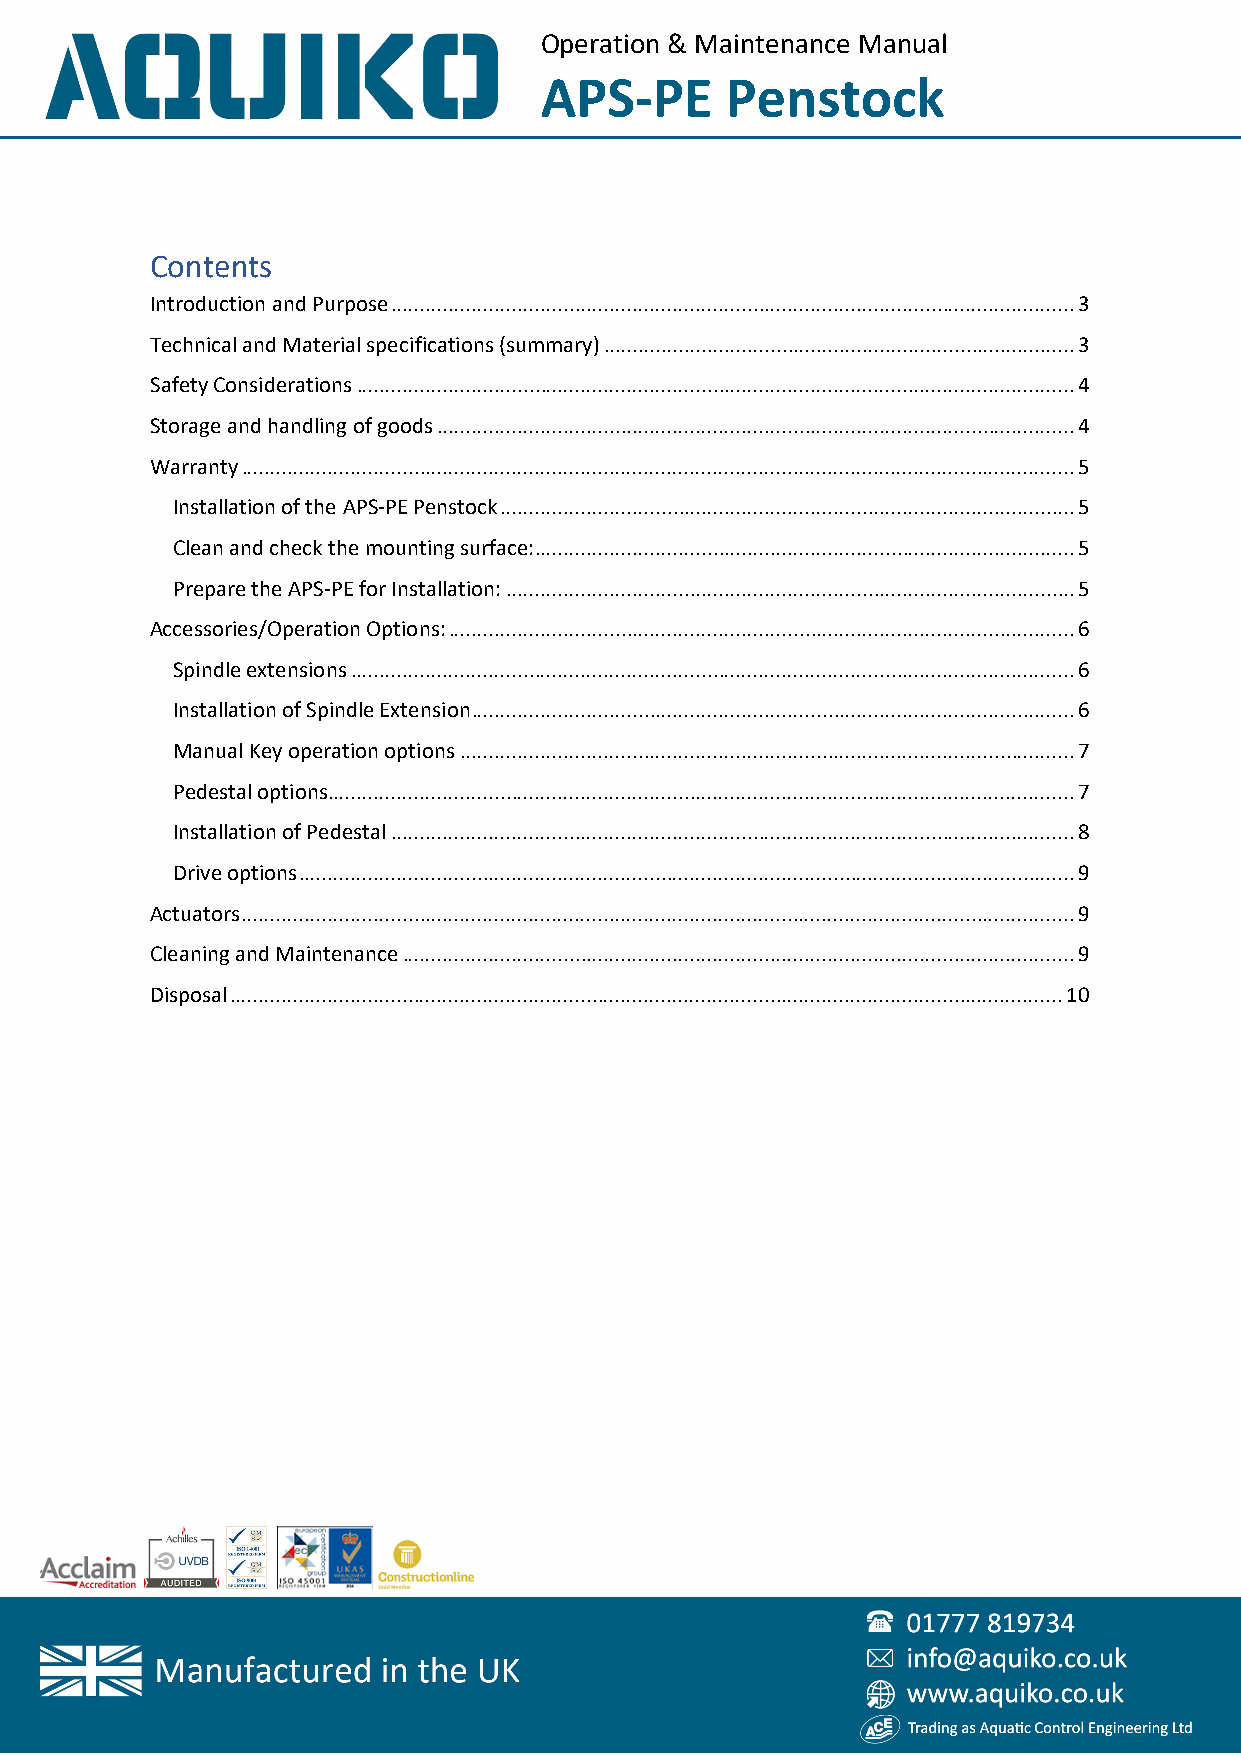
Operation & Maintenance Manual
 APS-PE      Penstock
 Contents
 Introduction and Purpose ....................................................................................................................... 3
 Technical and Material specifications (summary) .................................................................................. 3
 Safety Considerations ............................................................................................................................. 4
 Storage and handling of goods ............................................................................................................... 4
 Warranty ................................................................................................................................................. 5
 Installation of the APS-PE Penstock .................................................................................................... 5
 Clean and check the mounting surface: .............................................................................................. 5
 Prepare the APS-PE for Installation: ................................................................................................... 5
 Accessories/Operation Options: ............................................................................................................. 6
 Spindle extensions .............................................................................................................................. 6
 Installation of Spindle Extension ......................................................................................................... 6
 Manual Key operation options ........................................................................................................... 7
 Pedestal options.................................................................................................................................. 7
 Installation of Pedestal ....................................................................................................................... 8
 Drive options ....................................................................................................................................... 9
 Actuators ................................................................................................................................................. 9
 Cleaning and Maintenance ..................................................................................................................... 9
 Disposal ................................................................................................................................................. 10